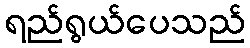
ရည်ရွယ်ပေသည်